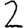
Digit: 2